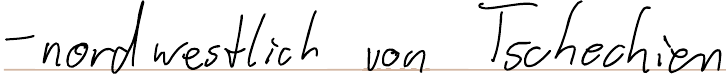
- nordwestlich von Tschechien